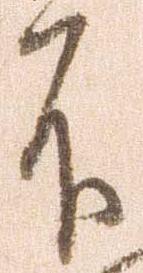
不